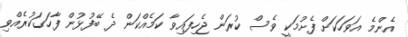
އެންމެ އަވަހަކަށް ފެށުމަކީ ވެސް ކުރަން ޖެހިފައިވާ ކަމެއްކަން ދެ ބޭފުޅުން ފާހަގަކުރެއްވި